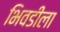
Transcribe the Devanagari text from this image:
भिवडीला